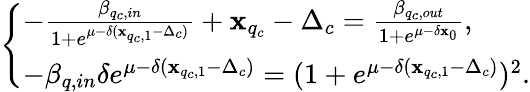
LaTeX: \left\{ \begin{array}{ll}{-\frac{\beta_{q_{c},in}}{1+e^{\mu-\delta(\mathbf{x}_{q_{c},1}-\Delta_{c})}}+\mathbf{x}_{q_{c}}-\Delta_{c}=\frac{\beta_{q_{c},out}}{1+e^{\mu-\delta\mathbf{x}_{0}}},}\\ {-\beta_{q,in}\delta e^{\mu-\delta(\mathbf{x}_{q_{c},1}-\Delta_{c})}=(1+e^{\mu-\delta(\mathbf{x}_{q_{c},1}-\Delta_{c})})^{2}.}\end{array}\right.